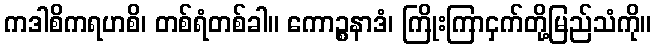
ကဒါစိကရဟစိ၊ တစ်ရံတစ်ခါ။ ကောဉ္စနာဒံ၊ ကြိုးကြာငှက်တို့မြည်သံကို။